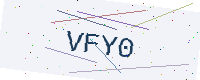
Text: VFY0